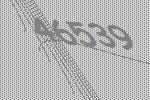
46539